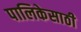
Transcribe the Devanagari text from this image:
पालिकेसाठी